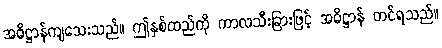
အဓိဋ္ဌာန်ကျသေးသည်။ ဤနှစ်ထည်ကို ကာလသီးခြားဖြင့် အဓိဋ္ဌာန် တင်ရသည်။